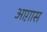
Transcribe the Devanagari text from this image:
आग़ास